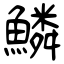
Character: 鱗